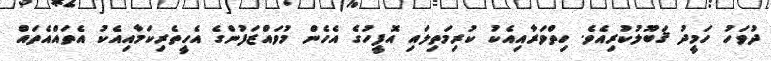
ދުވަހު ހަމީދު ޤަބޫލުކުރިއެވެ. ހިތްވަރާއިއެކު ކުރިމަތިލައި އޮފީހުގެ އެހެން މުވައްޒަފުންގެ އެހީތެރިކަމާއިއެކު އެތައްއެތައް